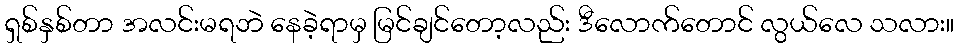
ရှစ်နှစ်တာ အလင်းမရဘဲ နေခဲ့ရာမှ မြင်ချင်တော့လည်း ဒီလောက်တောင် လွယ်လေ သလား။